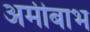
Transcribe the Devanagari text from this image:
अमीबाभ